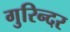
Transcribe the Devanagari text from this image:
गुरिन्दर